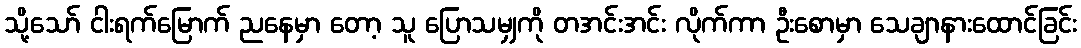
သို့သော် ငါးရက်မြောက် ညနေမှာ တော့ သူ ပြောသမျှကို တအင်းအင်း လိုက်ကာ ဦးစောမှာ သေချာနားထောင်ခြင်း